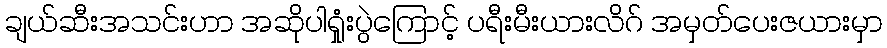
ချယ်ဆီးအသင်းဟာ အဆိုပါရှုံးပွဲကြောင့် ပရီးမီးယားလိဂ် အမှတ်ပေးဇယားမှာ